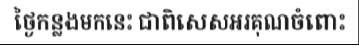
ថ្ងៃកន្លងមកនេះ ជាពិសេសអរគុណចំពោះ